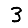
Digit: 3